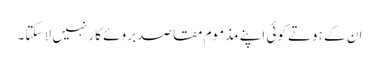
ان کے ہوتے کوئی اپنے مذموم مقاصد بروئے کار نہیں لا سکتا۔